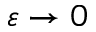
\varepsilon \to 0